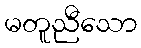
မတူညီသော